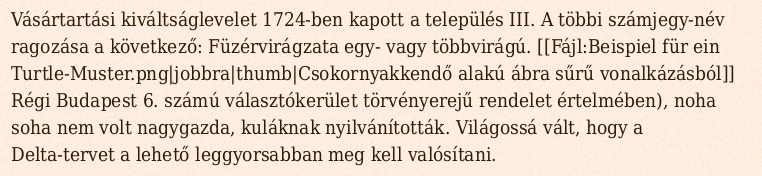
Vásártartási kiváltságlevelet 1724-ben kapott a település III. A többi számjegy-név ragozása a következő: Füzérvirágzata egy- vagy többvirágú. [[Fájl:Beispiel für ein Turtle-Muster.png|jobbra|thumb|Csokornyakkendő alakú ábra sűrű vonalkázásból]] Régi Budapest 6. számú választókerület törvényerejű rendelet értelmében), noha soha nem volt nagygazda, kuláknak nyilvánították. Világossá vált, hogy a Delta-tervet a lehető leggyorsabban meg kell valósítani.